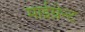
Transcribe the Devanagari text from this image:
माईग्रेन्ट